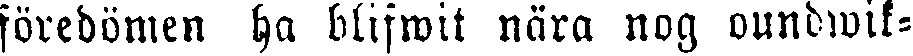
föredömen ha blifwit nära nog oundwik-